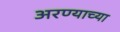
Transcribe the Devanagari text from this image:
अरण्याच्या